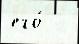
его́